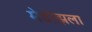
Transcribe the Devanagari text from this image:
मेडोझला